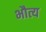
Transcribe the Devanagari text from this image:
भौत्य